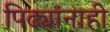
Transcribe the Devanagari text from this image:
पिढ्यांनाही